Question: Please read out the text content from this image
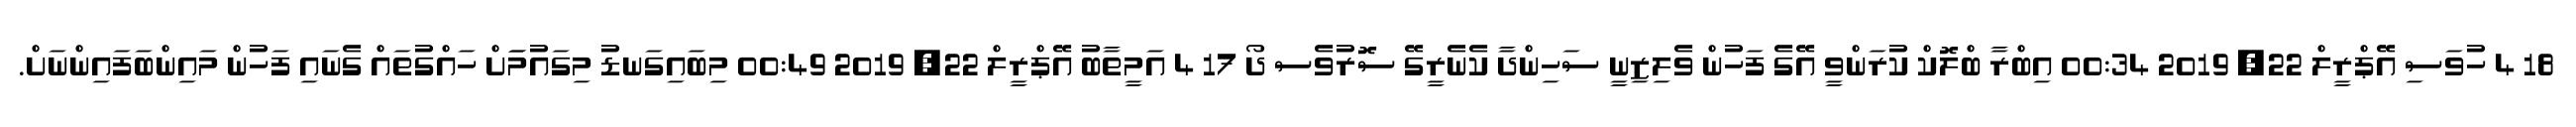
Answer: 18 4 ހުވަސި އޭޕްރީލް 22, 2019 00:34 އިބްރާ ބްލޮކް ކުރަންވީ އޭގެ ފަހުން ވެލިޒިނީ ސަހިންދާ ކެނެރީގޭ ސޮރުވެސ ދޯ 17 4 އަމީތާބު އޭޕްރީލް 22, 2019 00:49 މިބައިގަނޑު މިގައުމަަށް ހައްގުތައް ގެނައި ފަހުން މައިންބަފައިންނަށް.